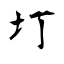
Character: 圢